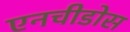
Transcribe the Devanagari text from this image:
एनचीडोस